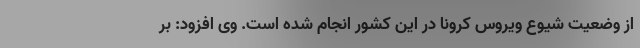
از وضعیت شیوع ویروس کرونا در این کشور انجام شده است. وی افزود: بر